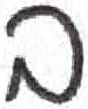
אות: ב